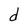
Character: d